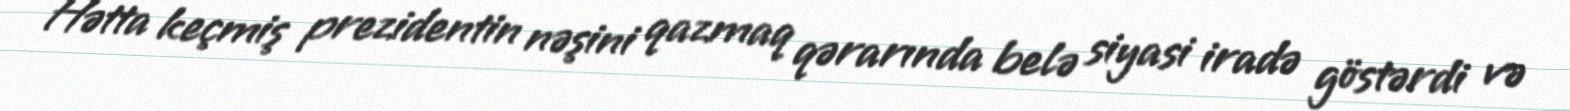
Hətta keçmiş prezidentin nəşini qazmaq qərarında belə siyasi iradə göstərdi və